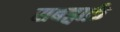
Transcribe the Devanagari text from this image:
सबड्वार्फ़